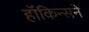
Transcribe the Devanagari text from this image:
हॉकिन्सने